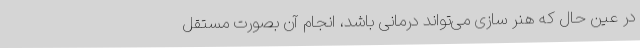
در عین حال که هنر سازی می‌تواند درمانی باشد، انجام آن بصورت مستقل